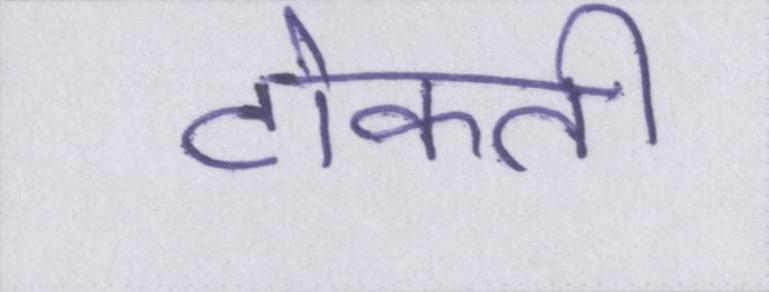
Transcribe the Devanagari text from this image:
टोकती